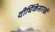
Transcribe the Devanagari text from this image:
दीर्घिकेसारखी